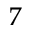
^ 7